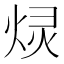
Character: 𫞠